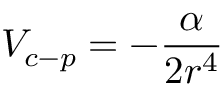
V _ { c - p } = - \frac { \alpha } { 2 r ^ { 4 } }